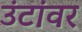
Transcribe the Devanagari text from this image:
उंटांवर